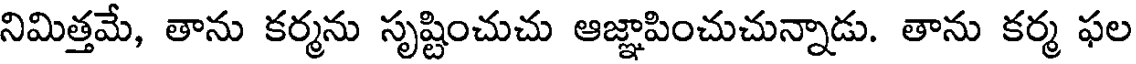
నిమిత్తమే, తాను కర్మను సృష్టించుచు ఆజ్ఞాపించుచున్నాడు. తాను కర్మ ఫల